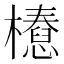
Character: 𣞝